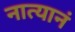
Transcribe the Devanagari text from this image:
नात्यानं